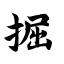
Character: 掘